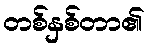
တစ်နှစ်တာ၏